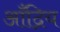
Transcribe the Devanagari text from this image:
आँद्रिय